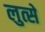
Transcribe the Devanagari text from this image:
लुत्से